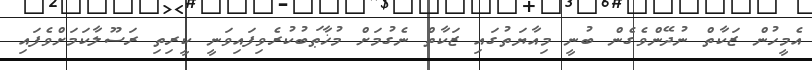
އެމީހުން ޒަކާތް ނުދޭންވެގެން ބުނީ މިއާޔަތުގައި ޒަކާތް ނެގުމަށް މުޚާޠަބުކުރެވިފައިވަނީ ކީރިތި ރަސޫލާކަމަށްވެފައި